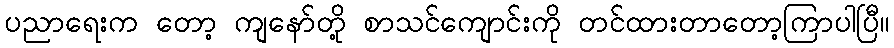
ပညာရေးက တော့ ကျနော်တို့ စာသင်ကျောင်းကို တင်ထားတာတော့ကြာပါပြီ။